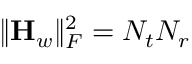
\| { \mathbf { H } _ { w } } \| _ { F } ^ { 2 } = N _ { t } N _ { r }